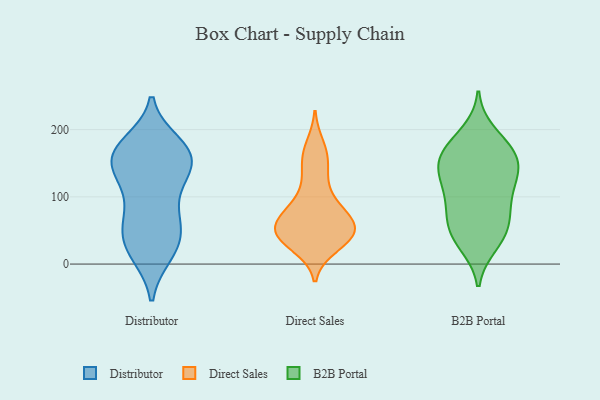
{"axis": {"x": "Energy Usage (MWh)", "y": "Value"}, "legend": ["B2B Portal", "Direct Sales", "Distributor"], "data": [{"x": "", "y": 121, "type": "Distributor"}, {"x": "", "y": 170, "type": "Distributor"}, {"x": "", "y": 98, "type": "Distributor"}, {"x": "", "y": 56, "type": "Distributor"}, {"x": "", "y": 63, "type": "Distributor"}, {"x": "", "y": 20, "type": "Distributor"}, {"x": "", "y": 63, "type": "Distributor"}, {"x": "", "y": 150, "type": "Distributor"}, {"x": "", "y": 156, "type": "Distributor"}, {"x": "", "y": 58, "type": "Distributor"}, {"x": "", "y": 19, "type": "Distributor"}, {"x": "", "y": 167, "type": "Distributor"}, {"x": "", "y": 153, "type": "Distributor"}, {"x": "", "y": 138, "type": "Distributor"}, {"x": "", "y": 126, "type": "Distributor"}, {"x": "", "y": 163, "type": "Distributor"}, {"x": "", "y": 179, "type": "Distributor"}, {"x": "", "y": 174, "type": "Distributor"}, {"x": "", "y": 15, "type": "Distributor"}, {"x": "", "y": 30, "type": "Distributor"}, {"x": "", "y": 46, "type": "Direct Sales"}, {"x": "", "y": 45, "type": "Direct Sales"}, {"x": "", "y": 58, "type": "Direct Sales"}, {"x": "", "y": 85, "type": "Direct Sales"}, {"x": "", "y": 155, "type": "Direct Sales"}, {"x": "", "y": 162, "type": "Direct Sales"}, {"x": "", "y": 67, "type": "Direct Sales"}, {"x": "", "y": 51, "type": "Direct Sales"}, {"x": "", "y": 45, "type": "Direct Sales"}, {"x": "", "y": 62, "type": "Direct Sales"}, {"x": "", "y": 80, "type": "Direct Sales"}, {"x": "", "y": 79, "type": "Direct Sales"}, {"x": "", "y": 38, "type": "Direct Sales"}, {"x": "", "y": 112, "type": "Direct Sales"}, {"x": "", "y": 27, "type": "Direct Sales"}, {"x": "", "y": 42, "type": "Direct Sales"}, {"x": "", "y": 175, "type": "Direct Sales"}, {"x": "", "y": 34, "type": "Direct Sales"}, {"x": "", "y": 132, "type": "Direct Sales"}, {"x": "", "y": 130, "type": "B2B Portal"}, {"x": "", "y": 82, "type": "B2B Portal"}, {"x": "", "y": 115, "type": "B2B Portal"}, {"x": "", "y": 148, "type": "B2B Portal"}, {"x": "", "y": 163, "type": "B2B Portal"}, {"x": "", "y": 58, "type": "B2B Portal"}, {"x": "", "y": 79, "type": "B2B Portal"}, {"x": "", "y": 177, "type": "B2B Portal"}, {"x": "", "y": 40, "type": "B2B Portal"}, {"x": "", "y": 195, "type": "B2B Portal"}, {"x": "", "y": 145, "type": "B2B Portal"}, {"x": "", "y": 59, "type": "B2B Portal"}, {"x": "", "y": 162, "type": "B2B Portal"}, {"x": "", "y": 29, "type": "B2B Portal"}, {"x": "", "y": 173, "type": "B2B Portal"}, {"x": "", "y": 139, "type": "B2B Portal"}, {"x": "", "y": 119, "type": "B2B Portal"}, {"x": "", "y": 94, "type": "B2B Portal"}, {"x": "", "y": 36, "type": "B2B Portal"}]}